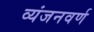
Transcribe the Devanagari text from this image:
व्यंजनवर्ण